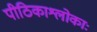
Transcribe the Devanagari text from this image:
पीठिकाश्लोकाः